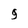
Character: 9